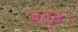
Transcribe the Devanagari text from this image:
जंतुभ।